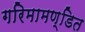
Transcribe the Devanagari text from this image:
गरिमामण्डित